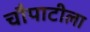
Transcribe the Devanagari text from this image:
चौपाटीला